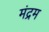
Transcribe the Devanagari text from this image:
मंद्रम